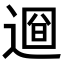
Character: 𨕚